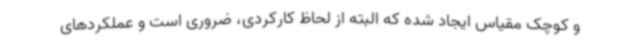
و کوچک مقیاس ایجاد شده که البته از لحاظ کارکردی، ضروری است و عملکردهای